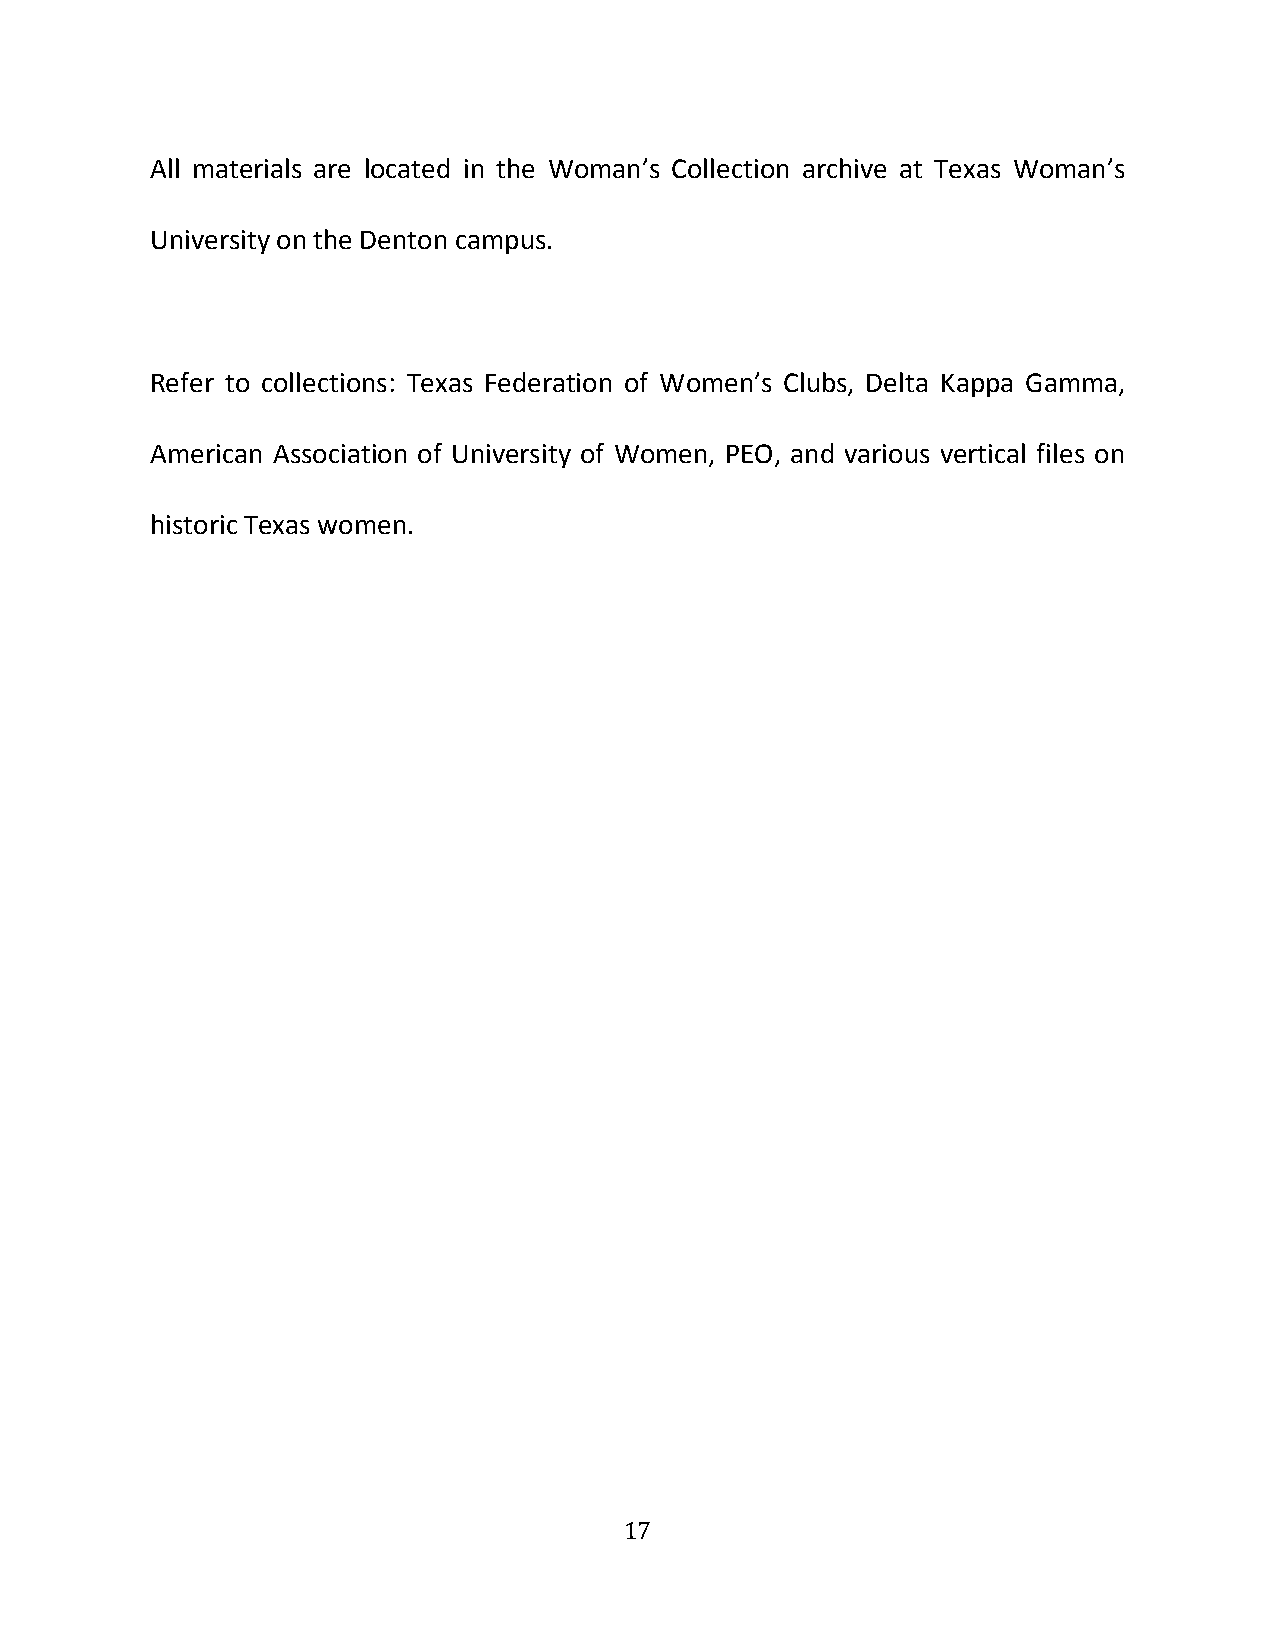
All materials are located in the Woman’s Collection archive at Texas Woman’s
 University on the Denton campus.
 Refer to collections: Texas Federation of Women’s Clubs, Delta Kappa Gamma,
 American Association of University of Women, PEO, and various vertical files on
 historic Texas women.
 17